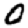
Digit: 0